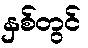
နှစ်တွင်